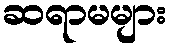
ဆရာမများ